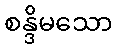
စန္ဒိမသော